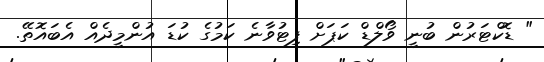
" ޑޮކްޓަރުން ބުނީ ވޯލްޑް ކަޕަށް ފިޓުވާނެ ކަމުގެ ކުޑަ އުންމީދެއް އެބައޮތޭ.